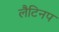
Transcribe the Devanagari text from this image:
लैटिनप